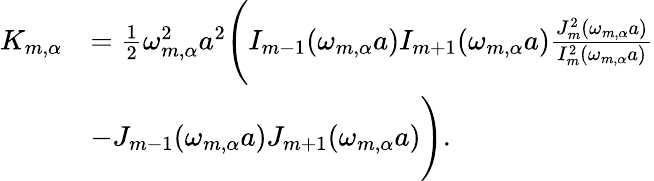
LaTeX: \begin{array}{rl}{K_{m,\alpha}}&{=\frac{1}{2}\omega_{m,\alpha}^{2}a^{2}\Bigg(I_{m-1}(\omega_{m,\alpha}a)I_{m+1}(\omega_{m,\alpha}a)\frac{J_{m}^{2}(\omega_{m,\alpha}a)}{I_{m}^{2}(\omega_{m,\alpha}a)}}\\ &{-J_{m-1}(\omega_{m,\alpha}a)J_{m+1}(\omega_{m,\alpha}a)\Bigg).}\end{array}